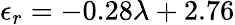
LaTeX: \epsilon_{r}=-0.28\lambda+2.76